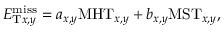
E _ { \mathrm { T } x , y } ^ { \mathrm { m i s s } } = a _ { x , y } { \mathrm { M H T } } _ { x , y } + b _ { x , y } { \mathrm { M S T } } _ { x , y } ,